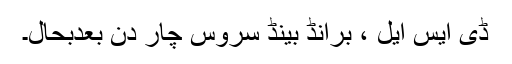
ڈی ایس ایل ، برانڈ بینڈ سروس چار دن بعدبحال۔